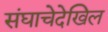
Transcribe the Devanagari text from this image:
संघाचेदेखिल